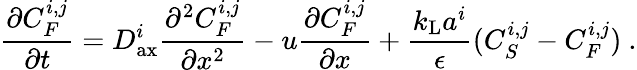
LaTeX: \frac{\partial C_{F}^{i,j}}{\partial t}=D_{\mathrm{ax}}^{i}\frac{\partial^{2}C_{F}^{i,j}}{\partial x^{2}}-u\frac{\partial C_{F}^{i,j}}{\partial x}+\frac{k_{\mathrm{L}}a^{i}}{\epsilon}(C_{S}^{i,j}-C_{F}^{i,j})\ .